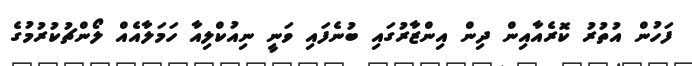
ފަހުން އުތުރު ކޮރެއާއިން ދިން އިންޒާރުގައި ބުނެފައި ވަނީ ނިއުކްލިއާ ހަމަލާއެއް ލޯންޗުކުރުމުގެ